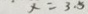
x = 3 . 5